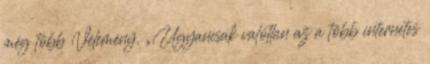
még több Vélemény. „Ugyancsak valótlan az a több internetes